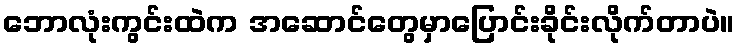
ဘောလုံးကွင်းထဲက အဆောင်တွေမှာပြောင်းခိုင်းလိုက်တာပဲ။